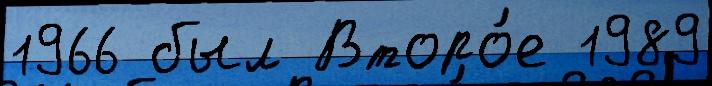
1966 был Второ́е 1989